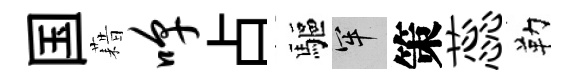
国藉嗥占驅牢策蕊勒